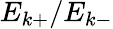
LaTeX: E_{k+}/E_{k-}